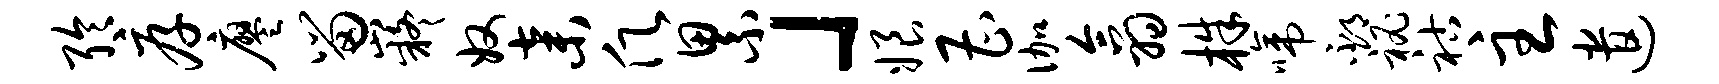
聆厚廖留嶷奴弃愿累」娘曹伽翕株啼邳秘祜主遣